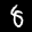
Label: 8